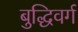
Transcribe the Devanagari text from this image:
बुद्धिवर्ग